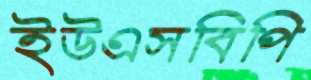
ইউএসবিপি